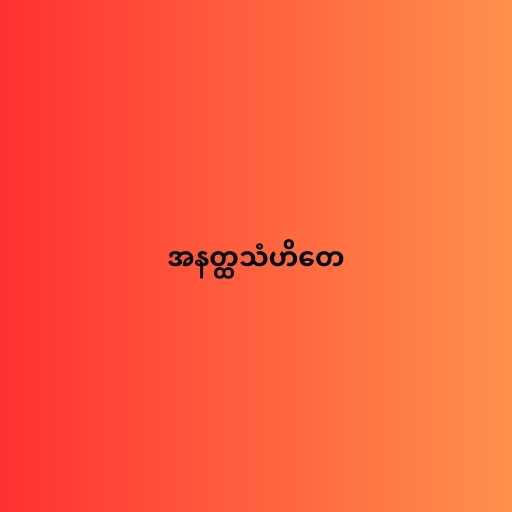
အနတ္ထသံဟိတေ